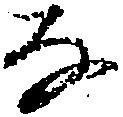
な